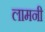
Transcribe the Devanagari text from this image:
लामनी